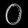
Digit: ၀